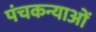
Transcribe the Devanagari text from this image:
पंचकन्याओं